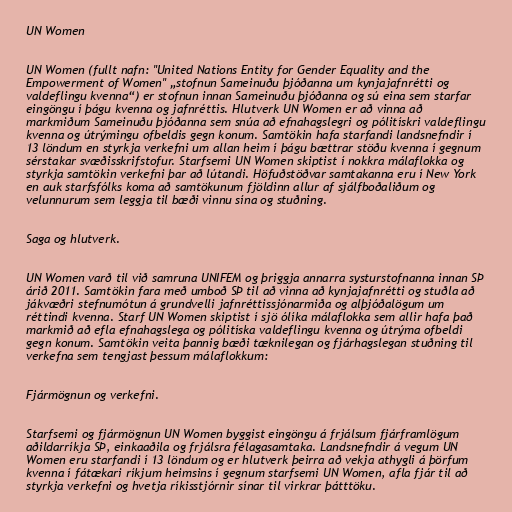
UN Women

UN Women (fullt nafn: "United Nations Entity for Gender Equality and the
Empowerment of Women" „stofnun Sameinuðu þjóðanna um kynjajafnrétti og
valdeflingu kvenna“) er stofnun innan Sameinuðu þjóðanna og sú eina sem starfar
eingöngu í þágu kvenna og jafnréttis. Hlutverk UN Women er að vinna að
markmiðum Sameinuðu þjóðanna sem snúa að efnahagslegri og pólitískri valdeflingu
kvenna og útrýmingu ofbeldis gegn konum. Samtökin hafa starfandi landsnefndir í
13 löndum en styrkja verkefni um allan heim í þágu bættrar stöðu kvenna í gegnum
sérstakar svæðisskrifstofur. Starfsemi UN Women skiptist í nokkra málaflokka og
styrkja samtökin verkefni þar að lútandi. Höfuðstöðvar samtakanna eru í New York
en auk starfsfólks koma að samtökunum fjöldinn allur af sjálfboðaliðum og
velunnurum sem leggja til bæði vinnu sína og stuðning.

Saga og hlutverk.

UN Women varð til við samruna UNIFEM og þriggja annarra systurstofnanna innan SÞ
árið 2011. Samtökin fara með umboð SÞ til að vinna að kynjajafnrétti og stuðla að
jákvæðri stefnumótun á grundvelli jafnréttissjónarmiða og alþjóðalögum um
réttindi kvenna. Starf UN Women skiptist í sjö ólíka málaflokka sem allir hafa það
markmið að efla efnahagslega og pólitíska valdeflingu kvenna og útrýma ofbeldi
gegn konum. Samtökin veita þannig bæði tæknilegan og fjárhagslegan stuðning til
verkefna sem tengjast þessum málaflokkum:

Fjármögnun og verkefni.

Starfsemi og fjármögnun UN Women byggist eingöngu á frjálsum fjárframlögum
aðildarríkja SÞ, einkaaðila og frjálsra félagasamtaka. Landsnefndir á vegum UN
Women eru starfandi í 13 löndum og er hlutverk þeirra að vekja athygli á þörfum
kvenna í fátækari ríkjum heimsins í gegnum starfsemi UN Women, afla fjár til að
styrkja verkefni og hvetja ríkisstjórnir sínar til virkrar þátttöku.